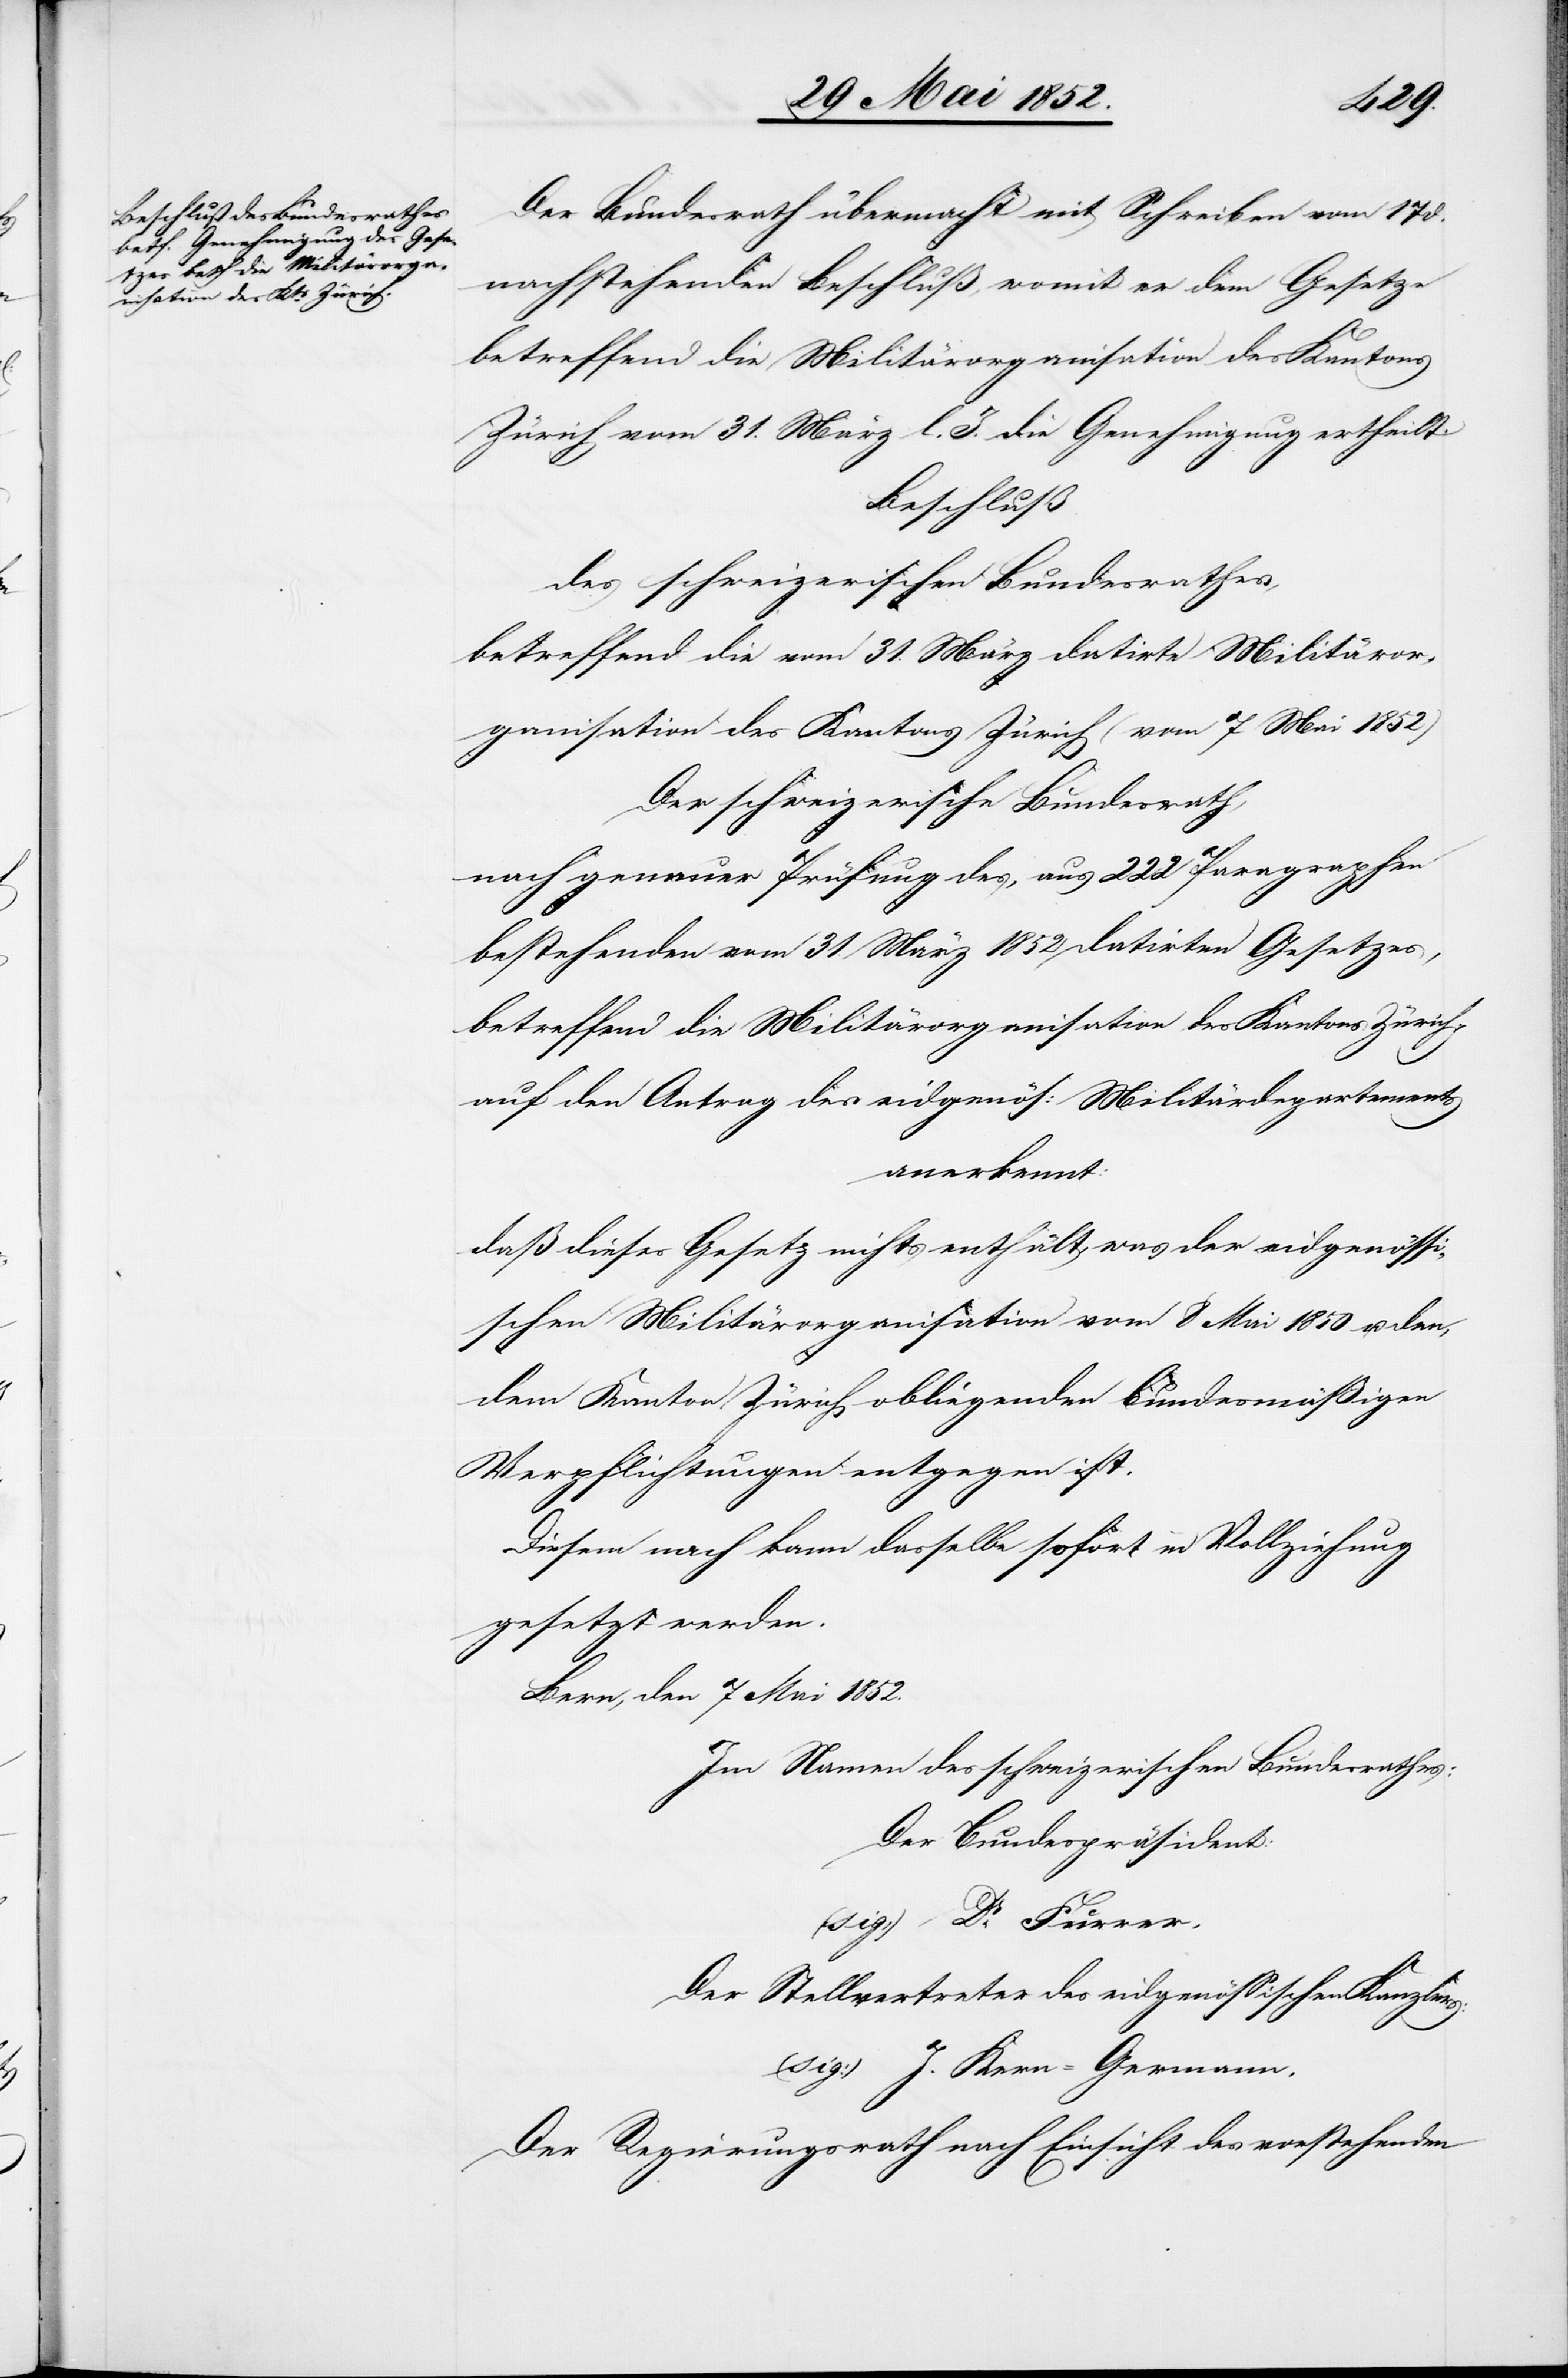
Der Bundesrath übermacht mit Schreiben vom 17 d.
nachstehenden Beschluß, womit er dem Gesetze
betreffend die Militärorganisation des Kantons
Zürich vom 31. März l. J. die Genehmigung ertheilt.
Beschluß
des schweizerischen Bundesrathes,
betreffend die vom 31. März datirte Militäror¬
ganisation des Kantons Zürich (vom 7 Mai 1852)
Der schweizerische Bundesrath,
nach genauer Prüfung des, aus 222 Paragraphen
bestehenden vom 31 März 1852 datirten Gesetzes,
betreffend die Militärorganisation des Kantons Zürich,
auf den Antrag des eidgenös: Militärdepartements
anerkennt:
daß dieses Gesetz nichts enthält was der eidgenössi¬
schen Militärorganisation vom 8 Mai 1850 u. den,
dem Kanton Zürich obliegenden bundesmäßigen
Verpflichtungen entgegen ist.
Diesem nach kann dasselbe sofort in Vollziehung
gesetzt werden.
Bern, den 7 Mai 1852.
Im Namen des schweizerischen Bundesrathes:
Der Bundespräsident:
(sig:) Dr. Furrer.
Der Stellvertreter des eidgenössischen Kanzlers:
(sig:) J. Kern-Germann.
Der Regierungsrath nach Einsicht des vorstehenden